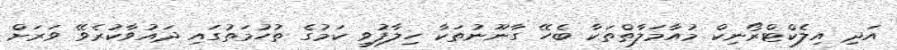
އަދި އިލެކްޓްރޯނިކް މުއާމަލާތްތަކާ ބެހޭ ގާނޫނުތަކާ ހިލާފުވި ކަމުގެ ތުހުމަތުގައި ދައުވާކުރެވޭ ވަރަށް